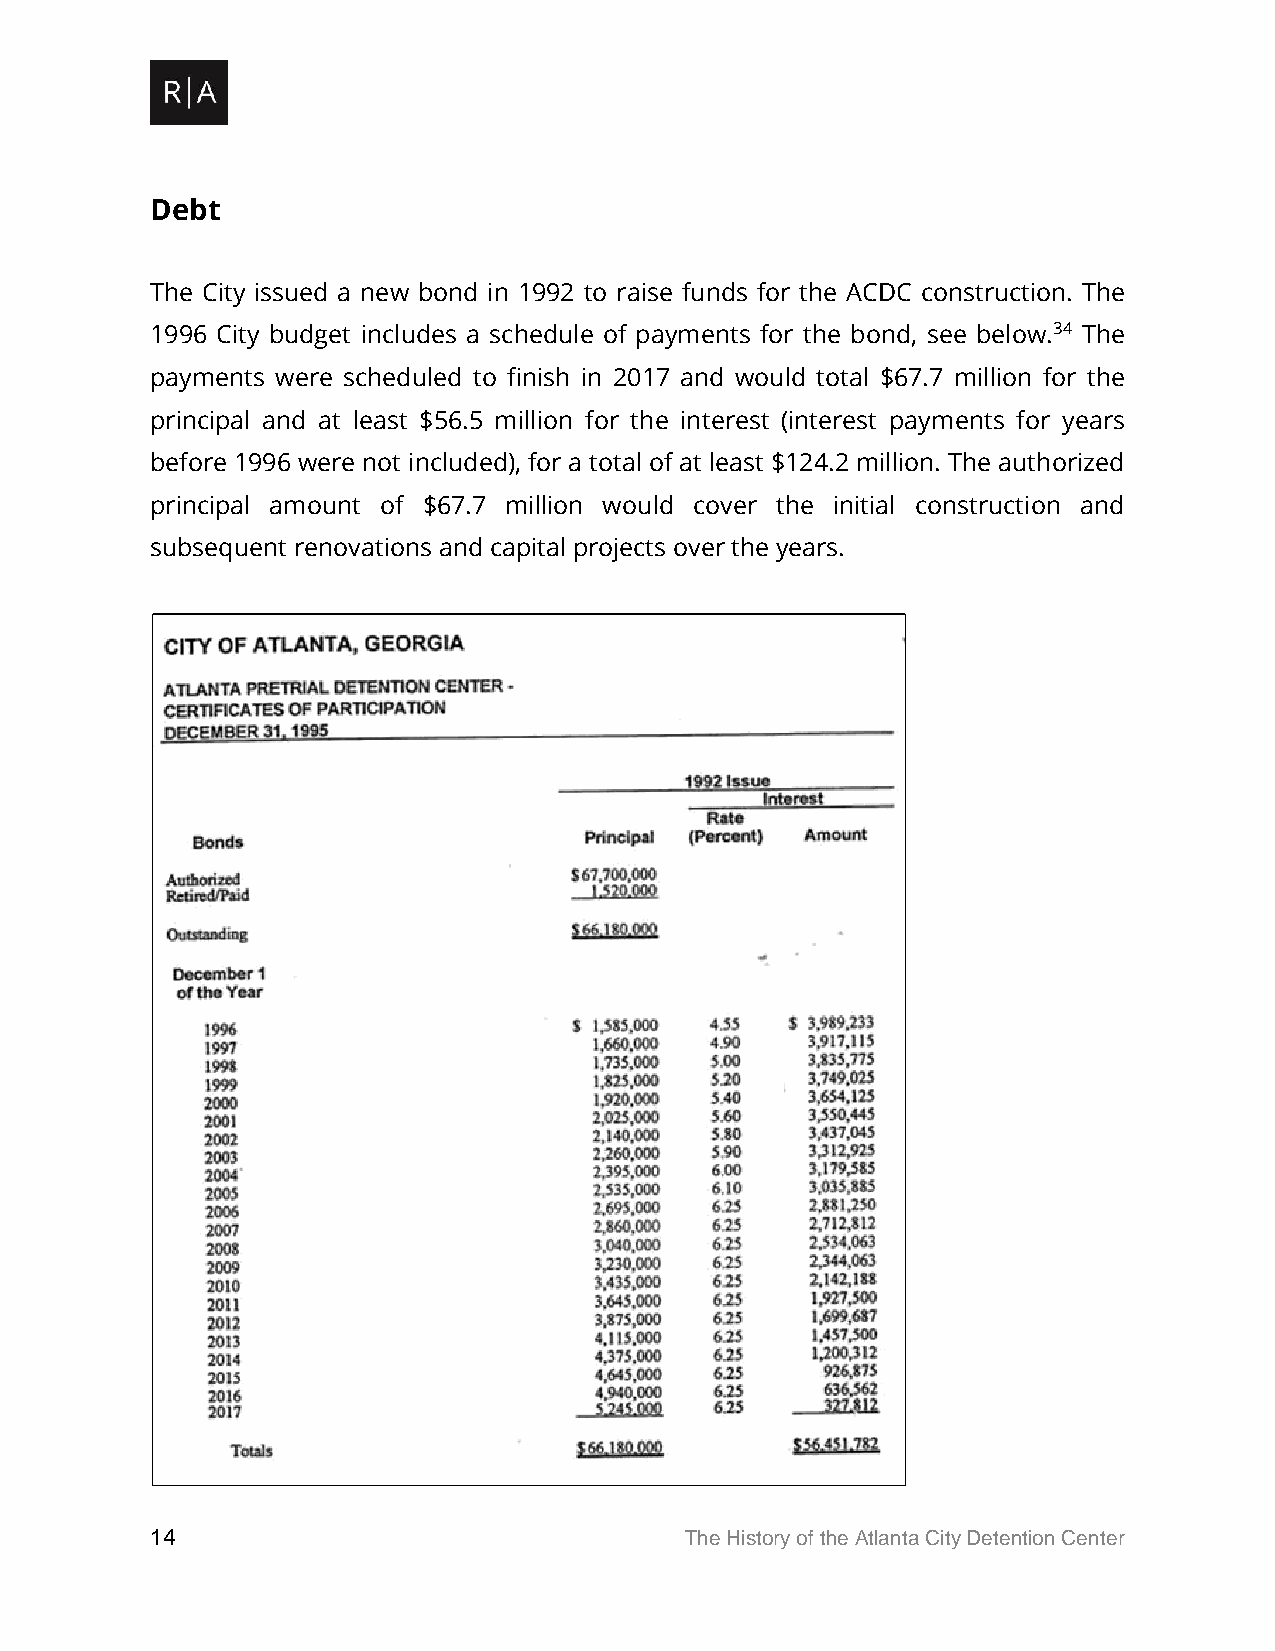
Debt
 The City issued a new bond in 1992 to raise funds for the ACDC construction. The
 1996 City budget includes a schedule of payments for the bond, see below.34 The
 payments were scheduled to finish in 2017 and would total $67.7 million for the
 principal and at least $56.5 million for the interest (interest payments for years
 before 1996 were not included), for a total of at least $124.2 million. The authorized
 principal amount of $67.7 million would cover the initial construction and
 subsequent renovations and capital projects over the years.
 14                                 The History of the Atlanta City Detention Center